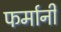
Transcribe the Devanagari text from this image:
फर्मानी